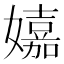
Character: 𡣗